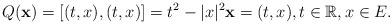
LaTeX: \begin{gather*}Q(\mathbf x) = [(t,x), (t,x)] = t^2-\vert x\vert^2 \mathbf x=(t,x), t\in \mathbb R, x\in E .\end{gather*}